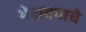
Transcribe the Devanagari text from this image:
भेदावयाचे